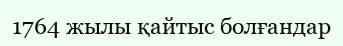
1764 жылы қайтыс болғандар